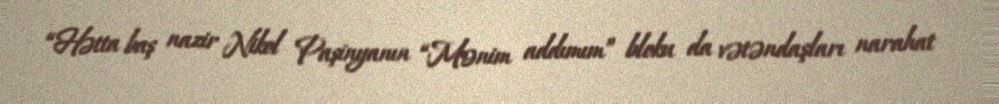
“Hətta baş nazir Nikol Paşinyanın “Mənim addımım” bloku da vətəndaşları narahat